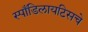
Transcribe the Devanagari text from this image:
स्पाँडिलायटिसचे